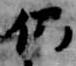
仍